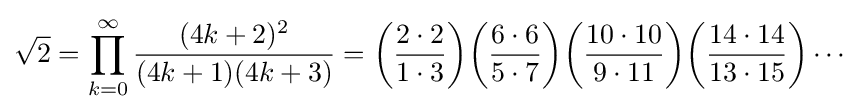
{\sqrt {2}}=\prod _{k=0}^{\infty }{\frac {(4k+2)^{2}}{(4k+1)(4k+3)}}=\left({\frac {2\cdot 2}{1\cdot 3}}\right)\!\left({\frac {6\cdot 6}{5\cdot 7}}\right)\!\left({\frac {10\cdot 10}{9\cdot 11}}\right)\!\left({\frac {14\cdot 14}{13\cdot 15}}\right)\cdots